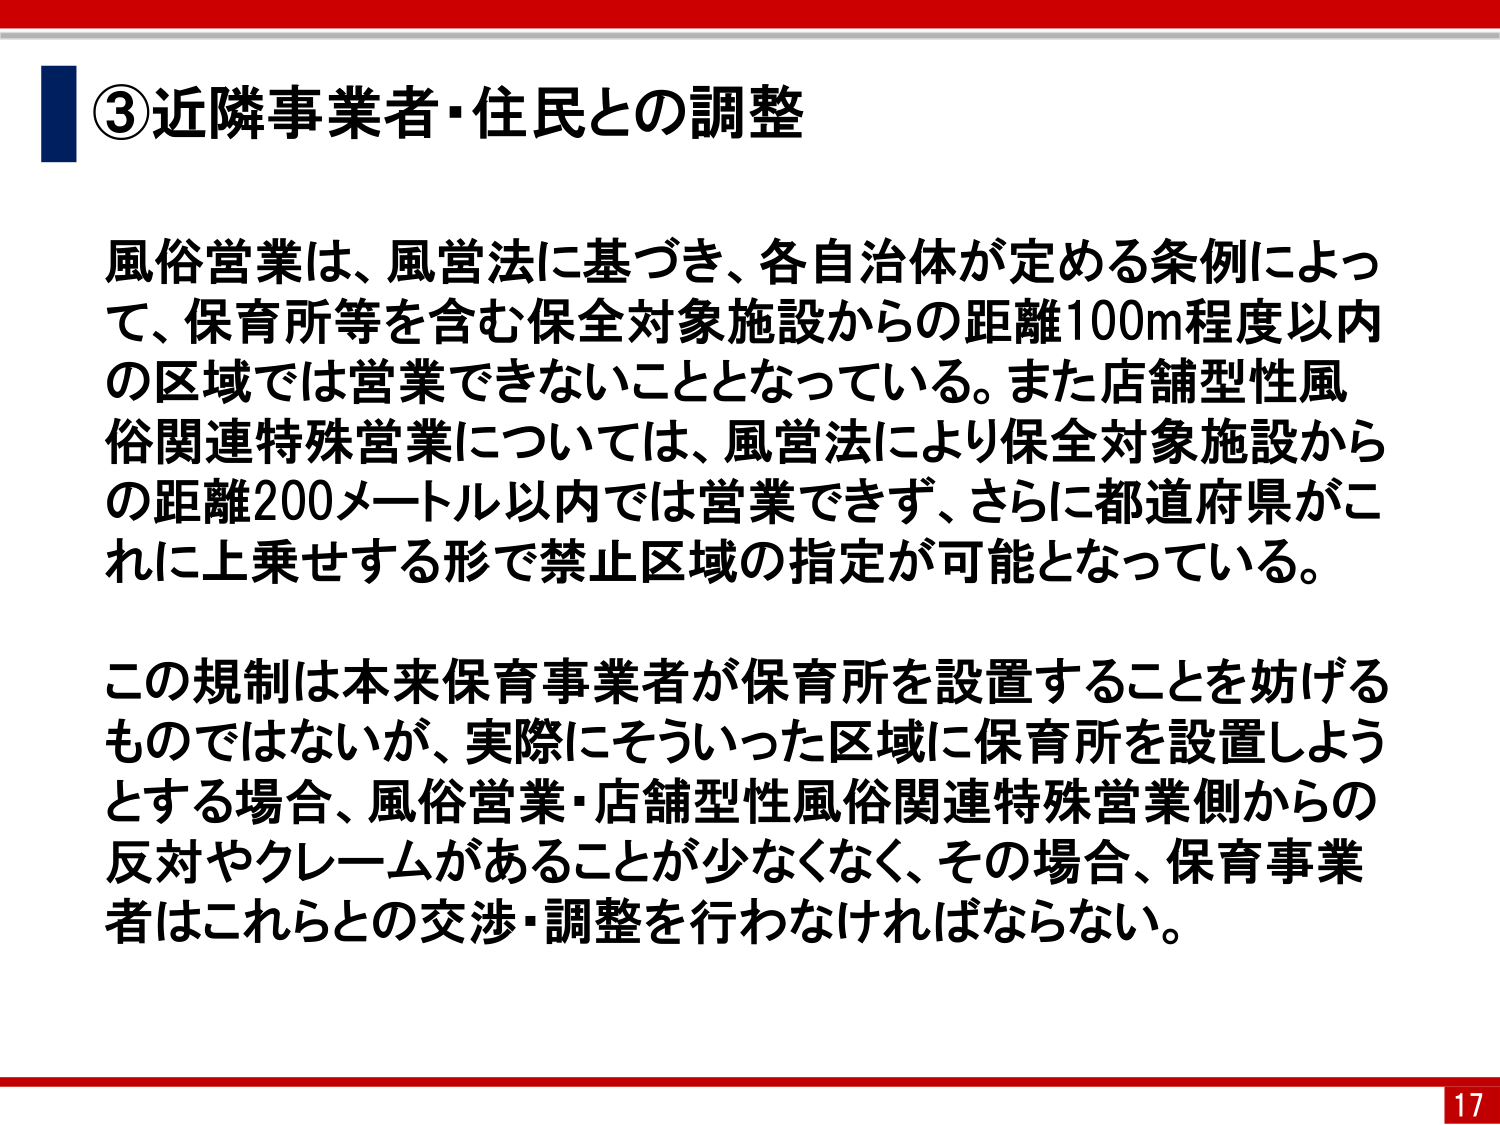
③近隣事業者・住民との調整

風俗営業は、風営法に基づき、各自治体が定める条例によって、保育所等を含む保全対象施設からの距離100m程度以内の区域では営業できないこととなっている。また店舗型性風俗関連特殊営業については、風営法により保全対象施設からの距離200メートル以内では営業できず、さらに都道府県がこれに上乗せする形で禁止区域の指定が可能となっている。

この規制は本来保育事業者が保育所を設置することを妨げるものではないが、実際にそういった区域に保育所を設置しようとする場合、風俗営業・店舗型性風俗関連特殊営業側からの反対やクレームがあることが少なくなく、その場合、保育事業者はこれらとの交渉・調整を行わなければならない。

17